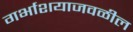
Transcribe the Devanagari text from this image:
गर्भाशयाजवळील